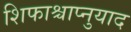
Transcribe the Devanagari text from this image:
शिफाश्चाप्नुयाद